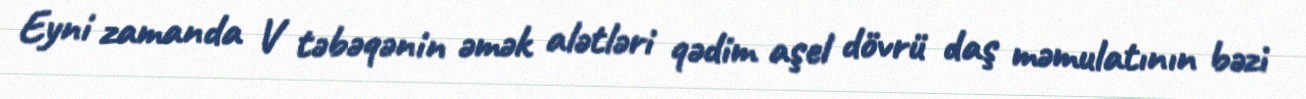
Eyni zamanda V təbəqənin əmək alətləri qədim aşel dövrü daş məmulatının bəzi